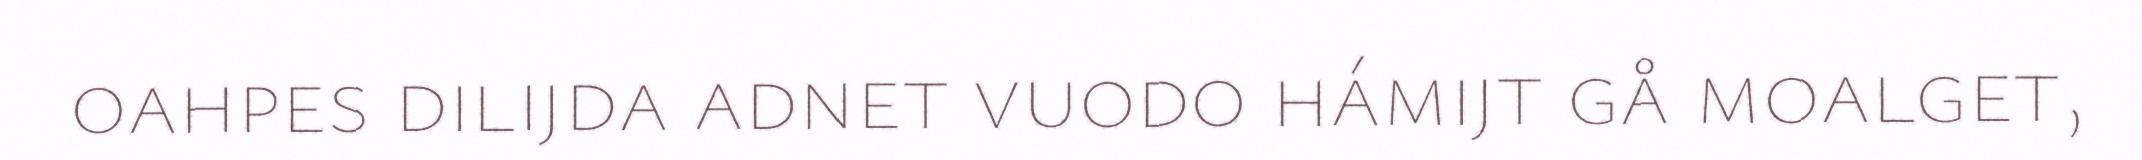
oahpes dilijda adnet vuodo hámijt gå moalget,